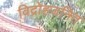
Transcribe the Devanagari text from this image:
विद्रोहजनित